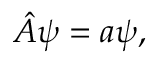
{ \hat { A } } \psi = a \psi ,